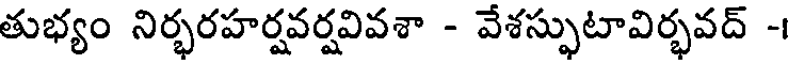
తుభ్యం నిర్భరహర్షవర్షవివశా - వేశస్ఫుటావిర్భవద్ -।